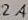
Text: 2A